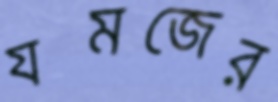
যমজের